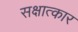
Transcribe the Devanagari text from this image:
सक्षात्कार